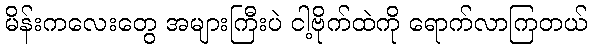
မိန်းကလေးတွေ အများကြီးပဲ ငါ့ဗိုက်ထဲကို ရောက်လာကြတယ်